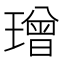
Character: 璔